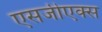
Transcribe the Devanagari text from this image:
एसजीएक्स